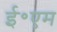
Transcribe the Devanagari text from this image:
ई॰एम